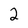
Character: 2